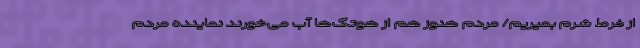
از فرط شرم بمیریم/ مردم هنوز هم از هوتگ‌ها آب می‌خورند نماینده مردم